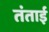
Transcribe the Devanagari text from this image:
तंताई